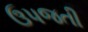
ઉપજતી